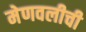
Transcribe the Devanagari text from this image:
मेणवलीची